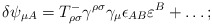
\begin{align*}\delta\psi_{\mu A} = T^-_{\rho\sigma}\gamma^{\rho\sigma} \gamma_\mu\epsilon_{AB} \varepsilon^B +\ldots ;\end{align*}